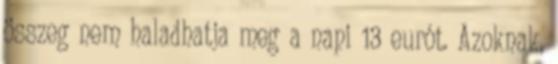
összeg nem haladhatja meg a napi 13 eurót. Azoknak,